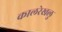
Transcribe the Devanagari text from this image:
कालरेखलु